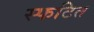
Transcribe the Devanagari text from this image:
स्फटित